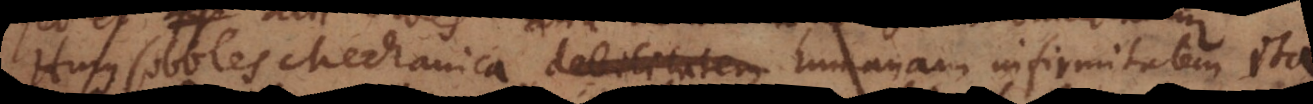
Hujus soboles Mechanica, debilitatem humanam infirmitatem ita